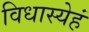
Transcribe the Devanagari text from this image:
विधास्येहं